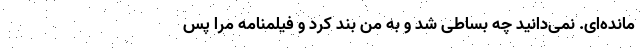
مانده‌ای. نمی‌دانید چه بساطی شد و به من بند کرد و فیلمنامه مرا پس